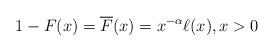
LaTeX: \begin{align*}1-F(x)=\overline{F}(x)=x^{-\alpha }\ell(x),x>0 \end{align*}